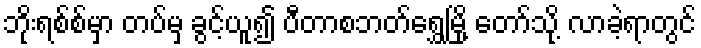
ဘိုးရစ်စ်မှာ တပ်မှ ခွင့်ယူ၍ ပီတာစဘတ်ရွှေမြို့ တော်သို့ လာခဲ့ရာတွင်